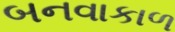
બનવાકાળ